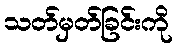
သတ်မှတ်ခြင်းကို